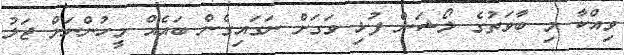
ވިއްކާ މި ބާވަތުގެ ލޯޝަން ފުޅި ވަގަށް ނަގައިގެން ބައެއް މީހުންނަށް ޖަލު